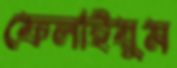
ফেলাইয়ুম